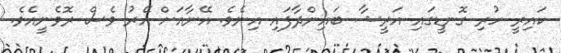
ކައިރީ ހުރި ގޮނޑީގައި އަރީޝާ ބައިންދާފައި އިނެވެ. އޭނާއަށް އޭރު ވެސް ރޮވެނީއެވެ.